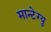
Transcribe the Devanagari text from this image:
मान्टेग्यु